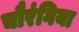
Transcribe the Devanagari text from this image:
चौरंगिया